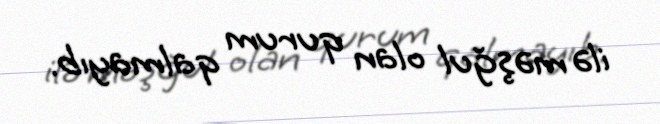
ilə məşğul olan qurum qalmayıb.